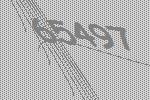
65497